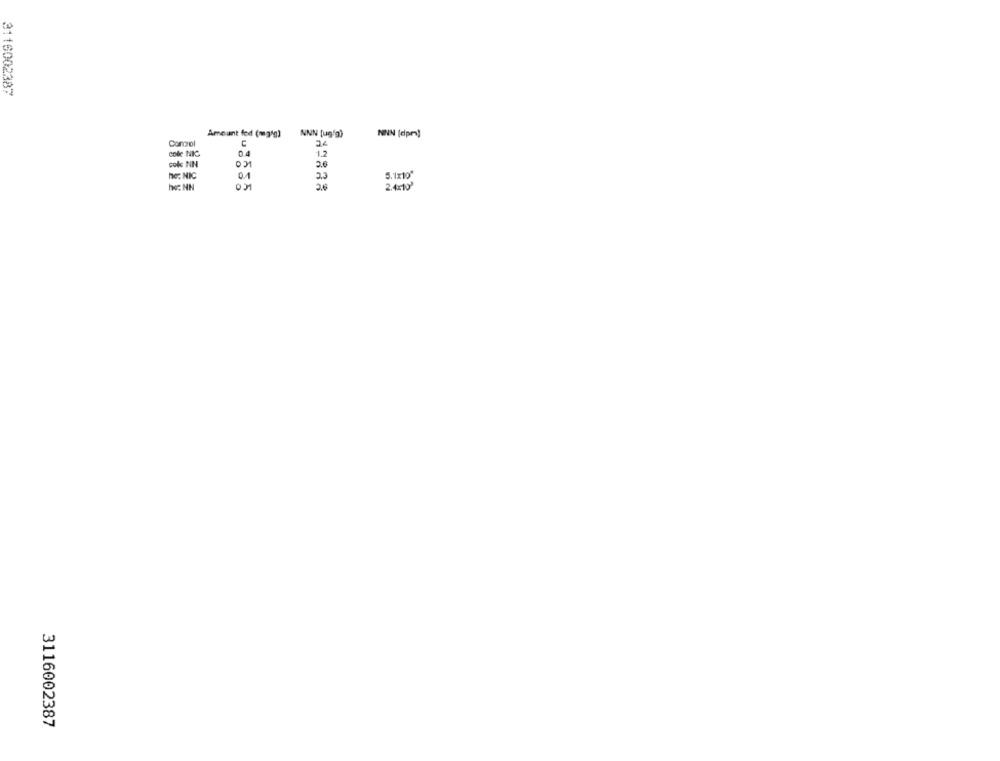
3116002387
Ameant fed (mg/g)
NNN [ug"g)
NNN (dpr]
Control
C
cole NIC
1.2
ICO
col NN
3.6
no: NIC
0.4
2.3
5.1x10*
26
2.4×10'
3116002387